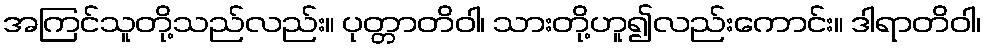
အကြင်သူတို့သည်လည်း။ ပုတ္တာတိဝါ၊ သားတို့ဟူ၍လည်းကောင်း။ ဒါရာတိဝါ၊